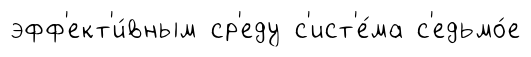
эфф'ект'и́вным ср'еду с'ист'е́ма с'едьмо́е